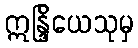
ဣန္ဒြိယေသုမှ